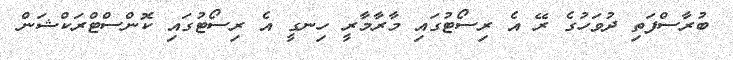
ބުރާސްފަތި ދުވަހުގެ ރޭ އެ ރިސޯޓުގައި މާރާމާރީ ހިނގީ އެ ރިސޯޓުގައި ކޮންސްޓްރަކްޝަން